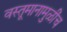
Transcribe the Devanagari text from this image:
वस्तूमानामुळींच